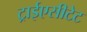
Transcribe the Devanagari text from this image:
ट्राईएसीटेट